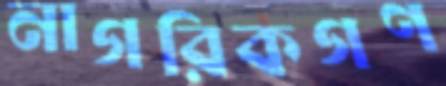
নাগরিকগণ